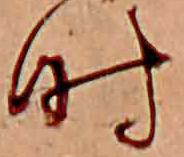
時